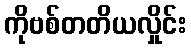
ကိုဗစ်တတိယလှိုင်း